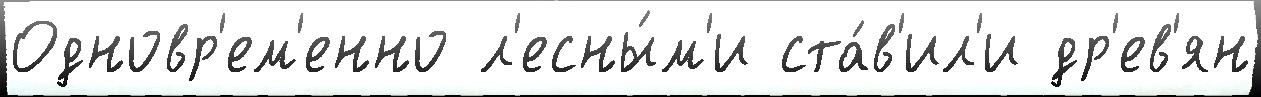
Одновр'ем'енно л'есны́м'и ста́в'ил'и др'ев'ян